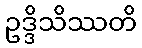
ဥဒ္ဒိသိဿတိ